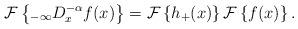
LaTeX: \begin{align*}\mathcal{F}\left\{ _{-\infty}D_{x}^{-\alpha}f(x)\right\} =\mathcal{F}\left\{ h_{+}(x)\right\} \mathcal{F}\left\{ f(x)\right\} .\end{align*}